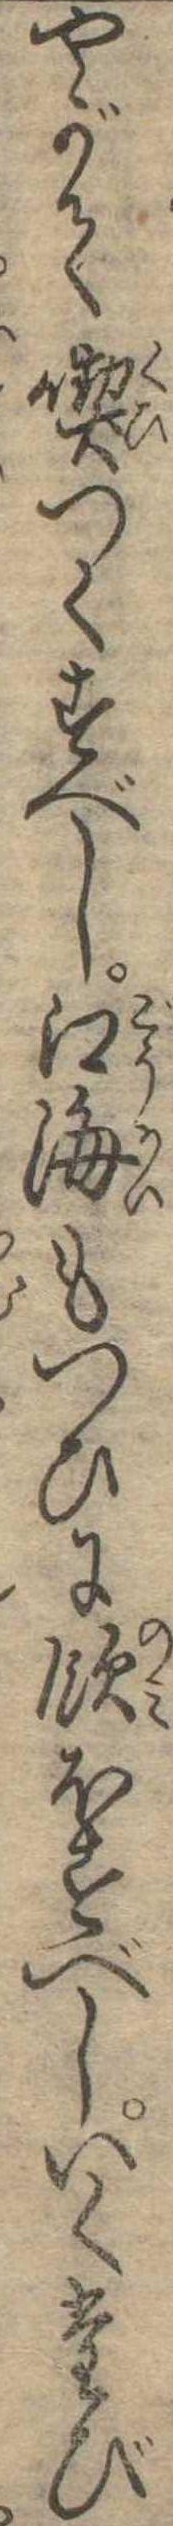
やがて喫つくすべし江海もつひに飲ほすべしいくたび